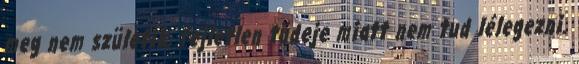
meg nem születik, fejletlen tüdeje miatt nem tud lélegezni.